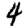
Digit: 4